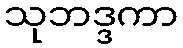
သုဘဒ္ဒကာ